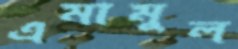
এমামুল